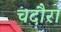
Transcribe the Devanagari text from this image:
चदौरा